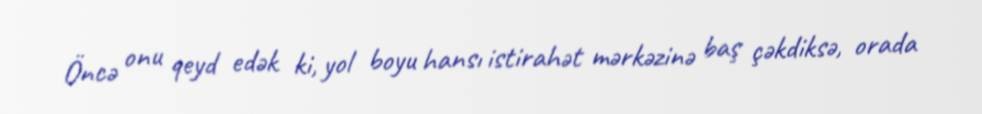
Öncə onu qeyd edək ki, yol boyu hansı istirahət mərkəzinə baş çəkdiksə, orada